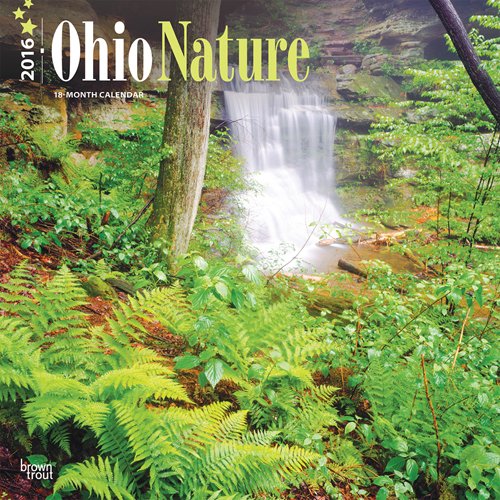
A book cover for Ohio Nature 2016 Square 12x12; Browntrout Publishers; Calendars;